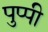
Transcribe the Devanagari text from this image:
पुप्पी